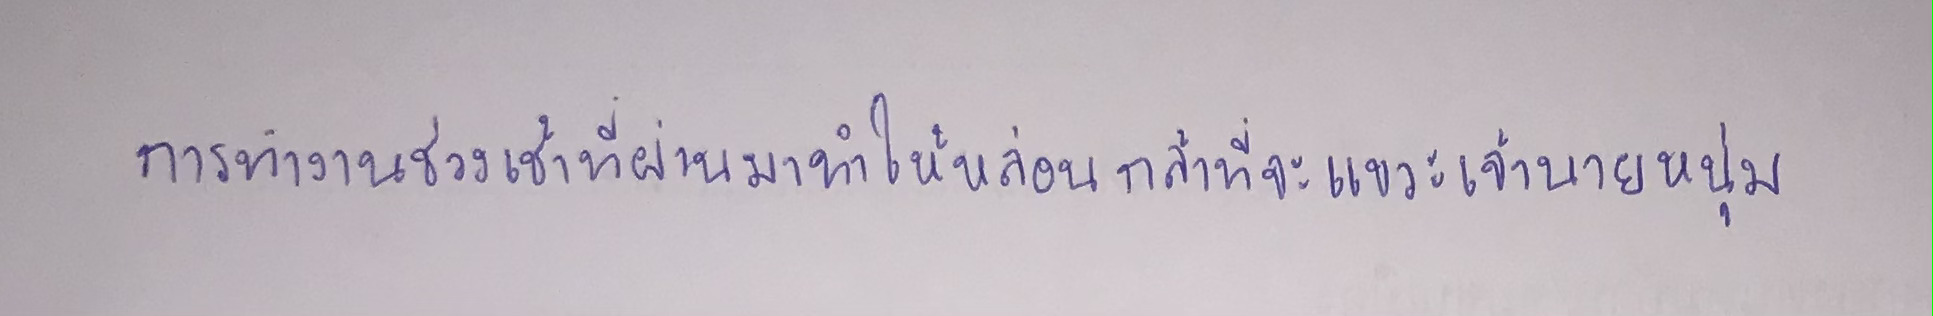
การทำงานช่วงเช้าที่ผ่านมาทำให้หล่อนกล้าที่จะแขวะเจ้านายหนุ่ม